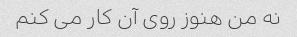
نه من هنوز روی آن کار می کنم